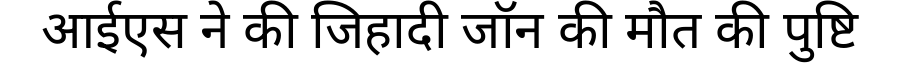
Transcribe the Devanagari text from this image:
आईएस ने की जिहादी जॉन की मौत की पुष्टि